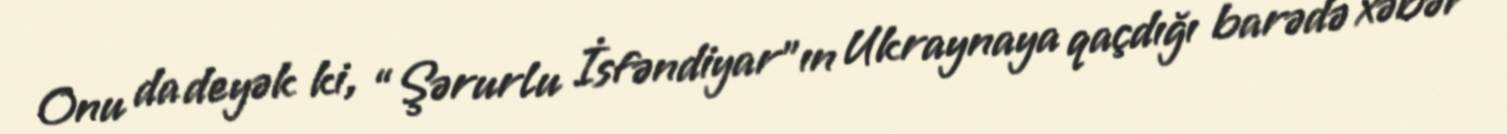
Onu da deyək ki, “Şərurlu İsfəndiyar”ın Ukraynaya qaçdığı barədə xəbər